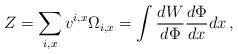
LaTeX: \begin{align*}Z=\sum_{i,x} v^{i,x} \Omega_{i,x}=\int \frac{dW}{d\Phi}\frac{d\Phi}{dx}dx\,,\end{align*}